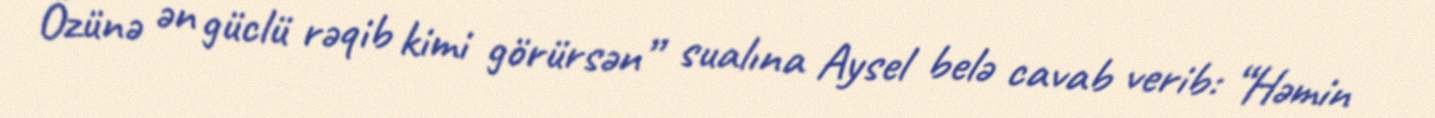
Özünə ən güclü rəqib kimi görürsən” sualına Aysel belə cavab verib: “Həmin